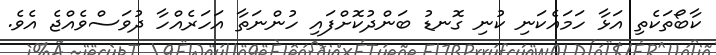
ކާބޯތަކެތި އަޅާ ހަމައެކަނި ކުނި ގޮނޑު ބަންދުކޮށްފައި ހުންނަތާ އަހަރެއްހާ ދުވަސްވެއްޖެ އެވެ.